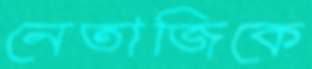
নেতাজিকে